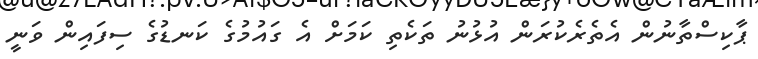
ޕާކިސްތާނުން އެތެރެކުރަން އުޅުނު ތަކެތި ކަމަށް އެ ގައުމުގެ ކަނޑުގެ ސިފައިން ވަނީ